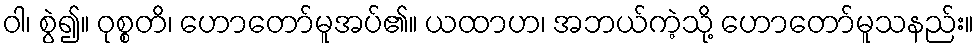
ဝါ၊ စွဲ၍။ ဝုစ္စတိ၊ ဟောတော်မူအပ်၏။ ယထာဟ၊ အဘယ်ကဲ့သို့ ဟောတော်မူသနည်း။